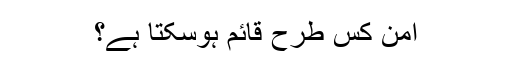
امن کس طرح قائم ہوسکتا ہے؟